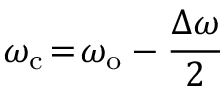
\omega _ { \mathrm { c } } \! = \! \omega _ { \mathrm { o } } - \frac { \Delta \omega } { 2 }